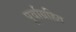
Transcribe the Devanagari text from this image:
पूर्वाग्रहित